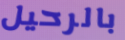
بالرحيل